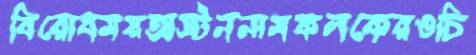
বিরোধময়অস্টননামফলকেরওচি